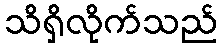
သိရှိလိုက်သည်